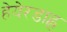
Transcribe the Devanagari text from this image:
हेयेरडाह्ल